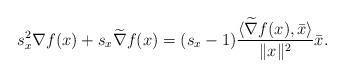
LaTeX: \begin{align*} s_x^2\nabla f(x)+ s_x\widetilde \nabla f(x)=(s_x-1)\frac{\langle \widetilde \nabla f(x), \bar x\rangle }{\|x\|^2} \bar x .\end{align*}